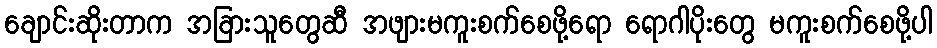
ချောင်းဆိုးတာက အခြားသူတွေဆီ အဖျားမကူးစက်စေဖို့ရော ရောဂါပိုးတွေ မကူးစက်စေဖို့ပါ